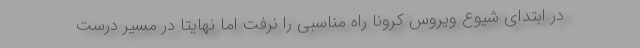
در ابتدای شیوع ویروس کرونا راه مناسبی را نرفت اما نهایتا در مسیر درست